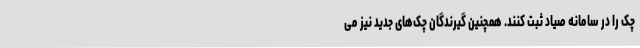
چک را در سامانه صیاد ثبت کنند. همچنین گیرندگان چک‌های جدید نیز می